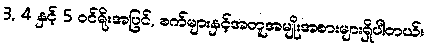
3, 4 နှင့် 5 ဝင်ရိုးအပြင်, စက်များနှင့်အတူအမျိုးအစားများရှိပါတယ်။